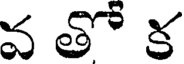
వ తో క